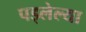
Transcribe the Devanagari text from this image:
पड्लेल्या